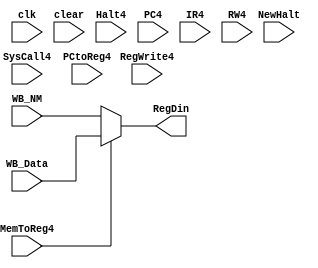
`timescale 1ns / 1ps

module WB (
    input clk,
    input clear,
    input NewHalt,
    input SysCall4,
    input Halt4,
    input MemToReg4,
    input wire [31:0] WB_NM,
    input wire [31:0] WB_Data,
    input wire [31:0] PC4,
    input wire [31:0] IR4,
    input RegWrite4,
    input wire [4:0] RW4,
    input PCtoReg4,
    output reg [31:0] RegDin
);

    always @* begin
        if (MemToReg4 == 1) begin
            RegDin <= WB_Data;
        end
        else begin
            RegDin <= WB_NM;
        end
    end

endmodule